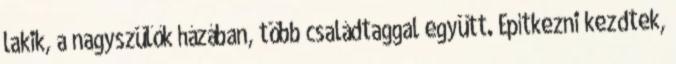
lakik, a nagyszülők házában, több családtaggal együtt. Építkezni kezdtek,